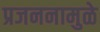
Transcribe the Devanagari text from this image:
प्रजननामुळे